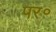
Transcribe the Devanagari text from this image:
पर॰